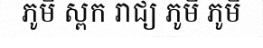
ភូមិ ស្ពក រាជ្យ ភូមិ ភូមិ